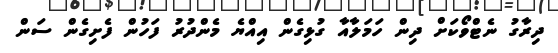
ދިރާގު ނެޓްވޯކަށް ދިން ހަމަލާއާ ގުޅިގެން އިއްޔެ މެންދުރު ފަހުން ފެށިގެން ސަން